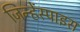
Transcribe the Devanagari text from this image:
जिन्हेंस्पाइस